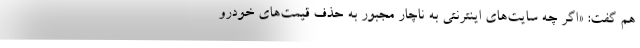
هم گفت: «اگر چه سایت‌های اینترنتی به ناچار مجبور به حذف قیمت‌های خودرو